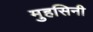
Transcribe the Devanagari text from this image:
मुहसिनी